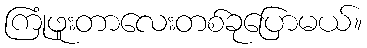
ကြုံဖူးတာလေးတစ်ခုပြောမယ်။